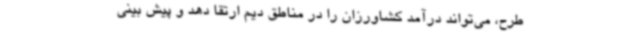
طرح، می‌تواند درآمد کشاورزان را در مناطق دیم ارتقا دهد و پیش بینی